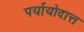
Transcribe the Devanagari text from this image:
पर्यायोदात्त